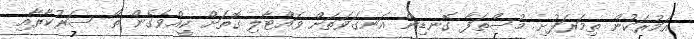
އަމުރަކުން ތިމަރަފުށި މުސްތަފާ ގޮނޑިން އަނގަވަތަށް ވައްޓާލި ގޮތަށް ކީއްވެގެން ތޯ ސަރުކާރާއި